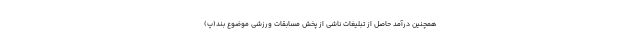
همچنین درآمد حاصل از تبلیغات ناشی از پخش مسابقات ورزشی موضوع بند(پ)